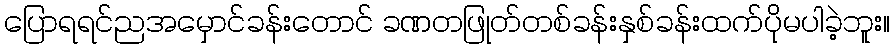
ပြောရရင်ညအမှောင်ခန်းတောင် ခဏတဖြုတ်တစ်ခန်းနှစ်ခန်းထက်ပိုမပါခဲ့ဘူး။